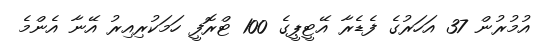
އުމުރުން 37 އަހަރުގެ ފެޑެރާ އޭޓީޕީގެ 100 ޓްރޮފީ ހަމަކުރިއިރު އޭނާ އެންމެ